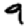
Digit: 9